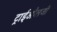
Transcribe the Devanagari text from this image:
ट्राईऔलजी